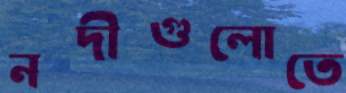
নদীগুলোতে